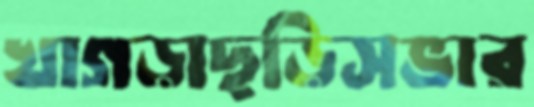
খাগড়াছড়িসভার